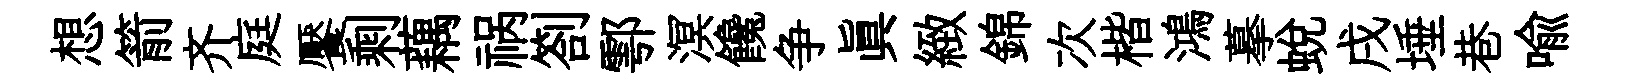
想箭齐庭饜剩藕祸劄鄠溟饞争真緻錦次楷鴻摹蜕戌埵巷喻